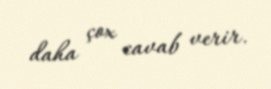
daha çox cavab verir.